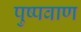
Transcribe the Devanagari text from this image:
पुष्पवाण